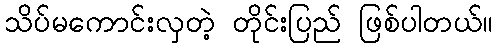
သိပ်မကောင်းလှတဲ့ တိုင်းပြည် ဖြစ်ပါတယ်။